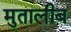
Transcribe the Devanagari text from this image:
मुतालीब